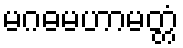
မဂဓမဟာမတ္တံ